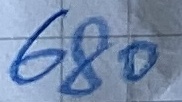
Text: 680